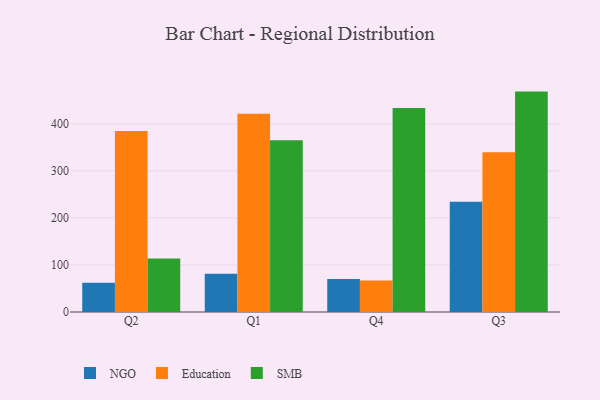
{"axis": {"x": "Quarter", "y": "Churn Rate (%)"}, "legend": ["Education", "NGO", "SMB"], "data": [{"x": "Q2", "y": 62.3, "type": "NGO"}, {"x": "Q2", "y": 384.9, "type": "Education"}, {"x": "Q2", "y": 113.9, "type": "SMB"}, {"x": "Q1", "y": 81.2, "type": "NGO"}, {"x": "Q1", "y": 421.2, "type": "Education"}, {"x": "Q1", "y": 365.0, "type": "SMB"}, {"x": "Q4", "y": 70.0, "type": "NGO"}, {"x": "Q4", "y": 67.2, "type": "Education"}, {"x": "Q4", "y": 433.7, "type": "SMB"}, {"x": "Q3", "y": 234.3, "type": "NGO"}, {"x": "Q3", "y": 339.7, "type": "Education"}, {"x": "Q3", "y": 468.5, "type": "SMB"}]}